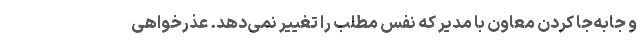
و جابه‌جا کردن معاون با مدیر که نفس مطلب را تغییر نمی‌دهد. عذرخواهی